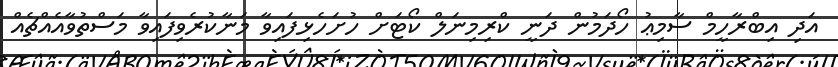
އަދި އިބްރާހީމް ސާމިޢު ހޯދަމުން ދަނީ ކްރިމިނަލް ކޯޓަށް ހުށަހެޅިފައިވާ މަނާކުރެވިފައިވާ މަސްތުވާއެއްޗެއް